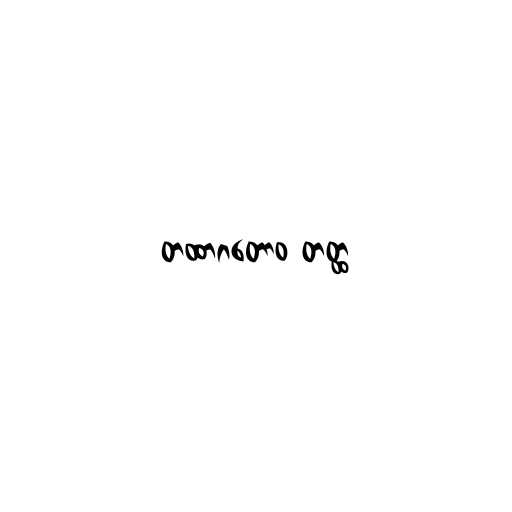
တထာဂတောဝ တတ္ထ